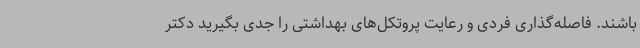
باشند. فاصله‌گذاری فردی و رعایت پروتکل‌های بهداشتی را جدی بگیرید دکتر